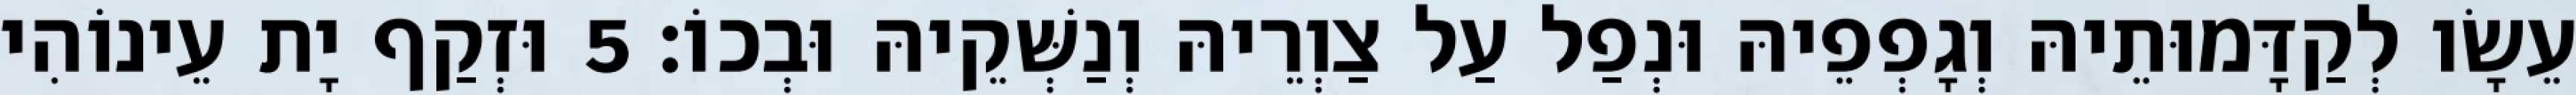
עֵשָׂו לְקַדָּמוּתֵיהּ וְגָפְפֵיהּ וּנְפַל עַל צַוְרֵיהּ וְנַשְּׁקֵיהּ וּבְכוֹ׃ 5 וּזְקַף יָת עֵינוֹהִי